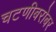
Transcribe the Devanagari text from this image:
चटणीबरोबर